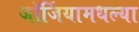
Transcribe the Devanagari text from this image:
जॉर्जियामधल्या